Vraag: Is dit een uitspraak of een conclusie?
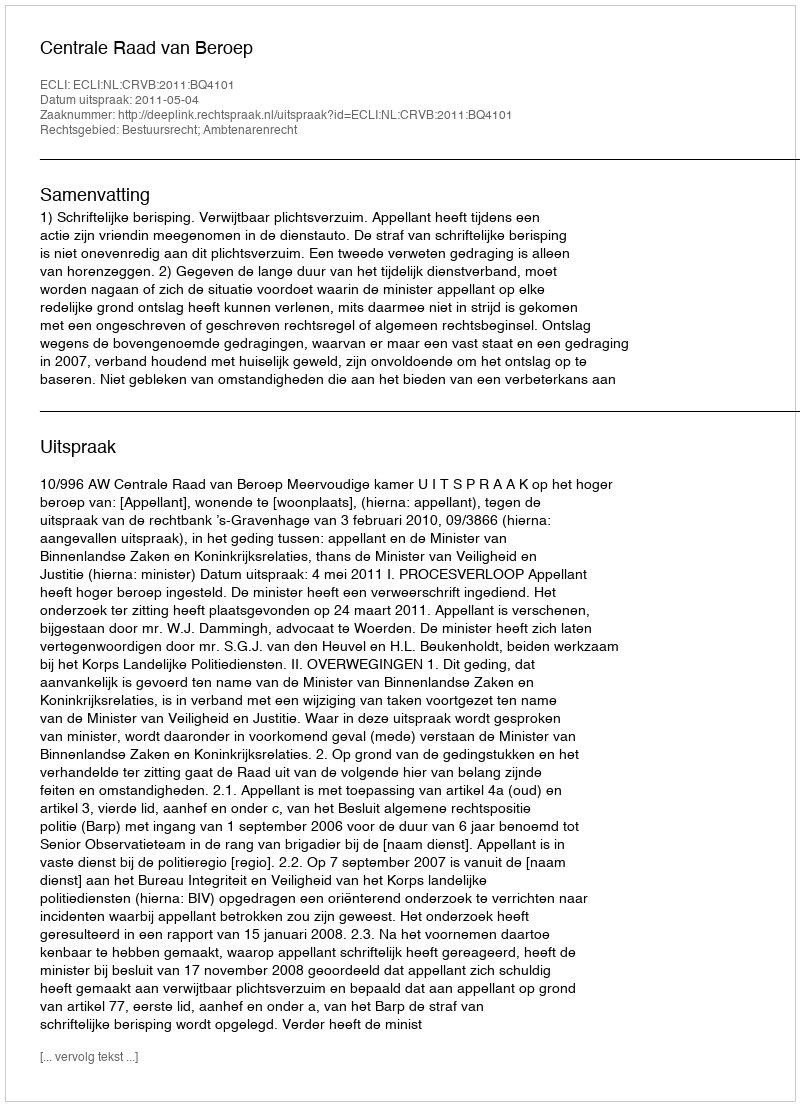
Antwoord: Uitspraak